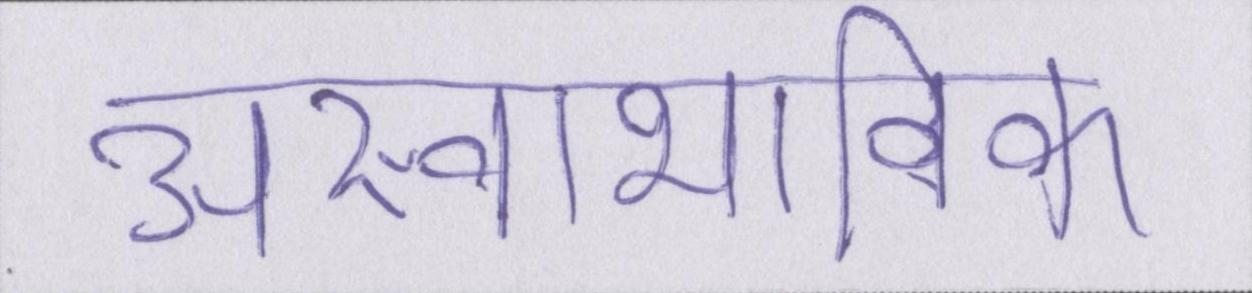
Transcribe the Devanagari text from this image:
अस्वाभाविक